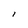
Character: i